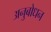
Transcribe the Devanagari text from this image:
अनुबोधन